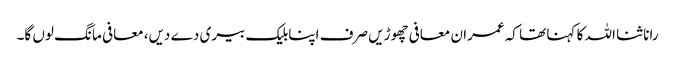
رانا ثنا اللہ کا کہنا تھا کہ عمران معافی چھوڑیں صرف اپنابلیک بیری دے دیں، معافی مانگ لوں گا۔